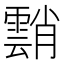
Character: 䨭